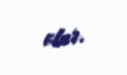
olur.